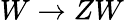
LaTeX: W\to ZW